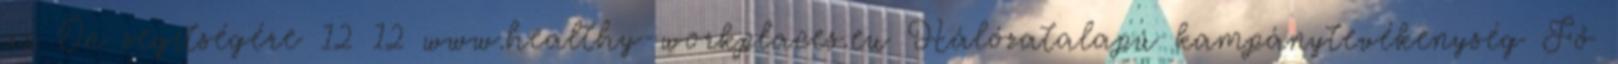
az Ön segítségére 12 12 www.healthy-workplaces.eu Hálózatalapú kampánytevékenység Fő